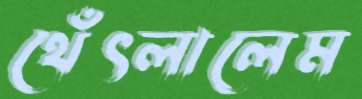
থেঁৎলালেম